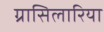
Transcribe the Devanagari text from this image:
ग्रासिलारिया